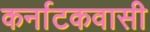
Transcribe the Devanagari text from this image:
कर्नाटकवासी